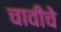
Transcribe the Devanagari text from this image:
चावीचे